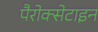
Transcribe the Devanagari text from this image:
पैरोक्सेटाइन